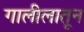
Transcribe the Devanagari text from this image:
गालीलातून